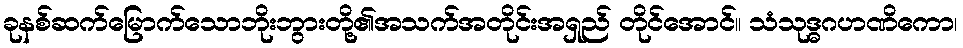
ခုနစ်ဆက်မြောက်သောဘိုးဘွားတို့၏အသက်အတိုင်းအရှည် တိုင်အောင်။ သံသုဒ္ဓဂဟဏိကော၊